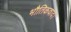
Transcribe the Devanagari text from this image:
भौतिकवाद।